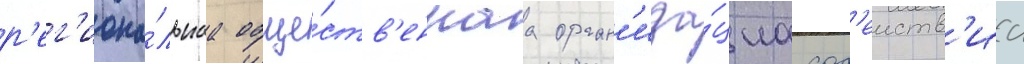
р'ег'иона́льнаа обще́ств'еннаа орган'иза́циа сод'еиств'иа